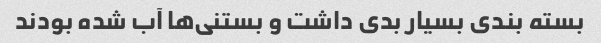
بسته بندی بسیار بدی داشت و بستنی‌ها آب شده بودند